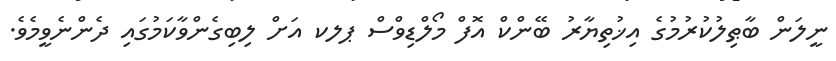
ނީލަން ބާޠިލުކުރުމުގެ އިޚުތިޔާރު ބޭންކް އޮފް މޯލްޑިވްސް ޕލކ އަށް ލިބިގެންވާކަމުގައި ދެންނެވީމެވެ.